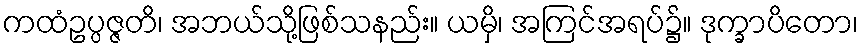
ကထံဥပ္ပဇ္ဇတိ၊ အဘယ်သို့ဖြစ်သနည်း။ ယမှိ၊ အကြင်အရပ်၌။ ဒုက္ခာပိတော၊